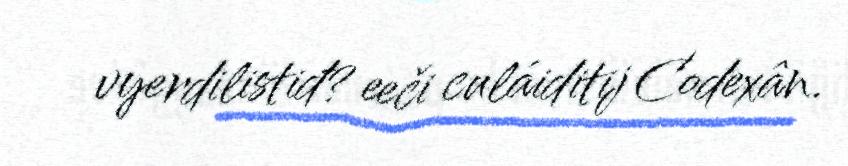
vyerdilistiđ? eeči culáiditij Codexân.